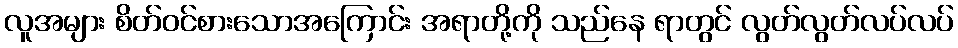
လူအများ စိတ်ဝင်စားသောအကြောင်း အရာတို့ကို သည်နေ ရာတွင် လွတ်လွတ်လပ်လပ်